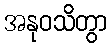
အနုဝသိတွာ